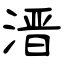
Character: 溍